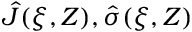
\hat { J } ( \xi , Z ) , \hat { \sigma } ( \xi , Z )